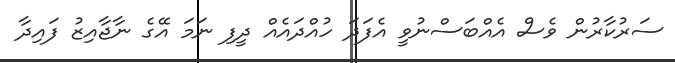
ސަރުކާރުން ވެސް އެއްބަސްނުވީ އެފަދަ ހުއްދައެއް ދީފި ނަމަ އޭގެ ނާޖާއިޒު ފައިދާ